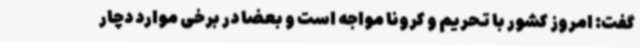
گفت: امروز کشور با تحریم و کرونا مواجه است و بعضا در برخی موارد دچار